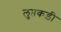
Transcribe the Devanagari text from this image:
लुप्तकड़ी